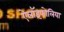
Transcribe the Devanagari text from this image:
ऐलॉइफोलिया